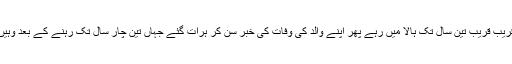
سید حیدر شاہ قریب قریب تین سال تک ہالا میں رہے پھر اپنے والد کی وفات کی خبر سن کر ہرات گئے جہاں تین چار سال تک رہنے کے بعد وہیں وفات پا گئے۔